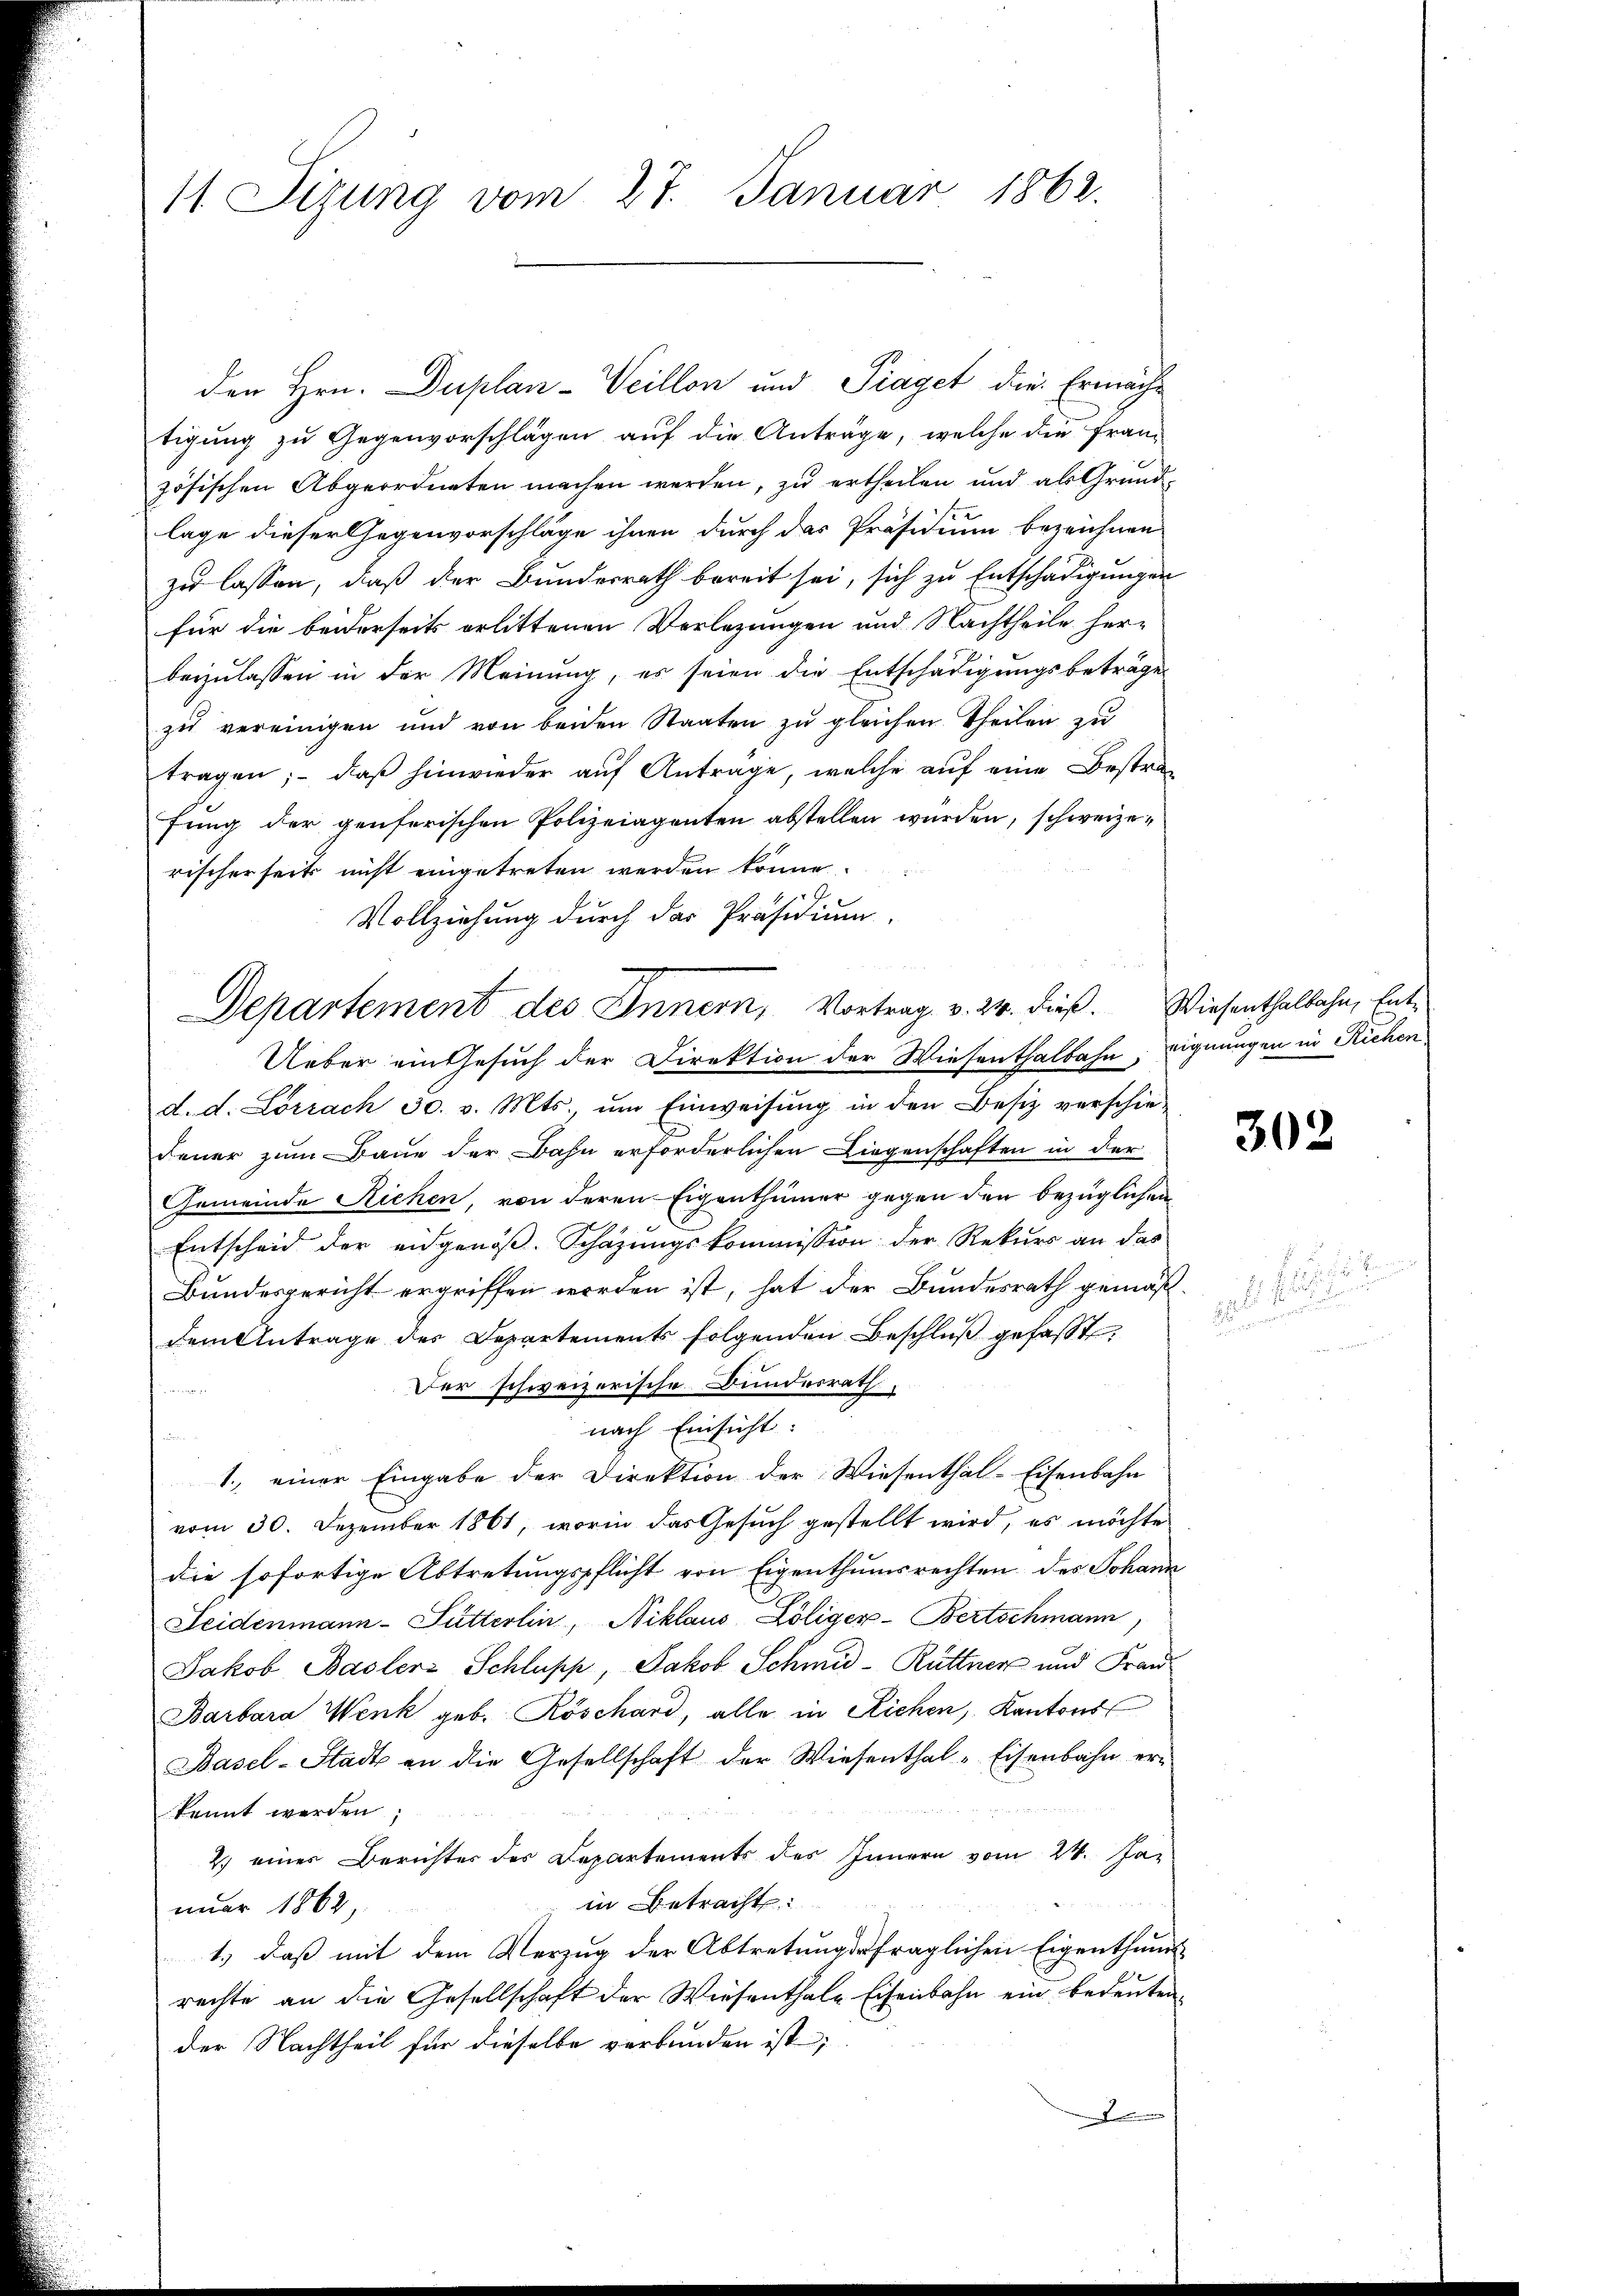
11 Sizung vom 27. Januar 1862.

den Hrn. Duplan-Weillon und Piaget die Ermächtigung zu Gegenvorschlägen auf die Anträge, welche die fran-
zösischen Abgeordneten machen werden, zu ertheilen und als Grundlage dieser Gegenvorschläge ihnen durch das Präsidium bezeichnen
zu lassen, daß der Bundesrath bereit sei, sich zu Entschädigungen
für die beiderseits erlittenen Verlegungen und Nachtheile her-
beyzulassen in der Meinung, es seien die Entschädigungsbeträge
zu vereinigen und von beiden Staaten zu gleichen Theilen zu
tragen; daß hinwieder aŭf Antrage, welche auf eine Bestrafung der penserischen Polizeiaganten abstellen würden, schweizerischerseits nicht eingetreten werden könne.
Vollziehung durch das Präsidium.
Ueber ein Gesuch der Direktion der Wiesenthalbahn, eignungen in Riehen,
d. d. Lörrach 30. v. Mts., ŭm Einweisŭng in den Besiz verschie-
Feuer zum Baue der Bahn erforderlichen Liegenschaften in der
Gemeinde Sichen, von deren Eigenthümer gegen den bezüglichen
Entscheid der eidgenöβ. Schätzungskommission der Rekurs an das
Bundesgericht ergriffen worden ist, hat der Bundesrath gemäßdem Antrage des Departements folgenden Beschlŭβ gefasst
Der schweizerische Bundesrath,

nach Einsicht:
1. einer Eingabe der Direktion der Wiesenthal-Eisenbahn
vom 30. Dezember 1861, worin das Gesuch gestellt wird, es möchte
die sofortige Abtretungspflicht von Eigenthumsrechten des Johann
Seidenmann-Futterlin, Niklaus Löliger-Bertschmann,
Jakob Baslers Schlupp, Jakob Schmid-Rüttner und Frau
Barbara Wenk geb. Röschard, alle in Richen, Kantons
Basel-Stadt an die Gesellschaft der Wiesenthal-Eisenbahn er-
kennt werden;
2.) eines Berichtes des Departements des Innern vom 24. Jan
in Betracht:
nuar 1862,
1.) daß mit dem Verzug der Abtretungsfraglichen Eigenthums-
rechte an die Gesellschaft der Wiesenthale Eisenbahn ein bedeuten
der Nachtheil für dieselbe verbunden ist;

Departement des Innern, Vortrag v. 24. dieß. Wiesenthalbahn, Ent¬

302

s. f.
A und